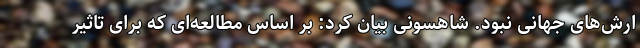
ارش‌های جهانی نبود. شاهسونی بیان کرد: بر اساس مطالعه‌ای که برای تاثیر